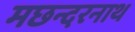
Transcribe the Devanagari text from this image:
मछन्दरनाथ